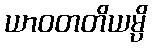
ယာဝတတိယမ္ပိ